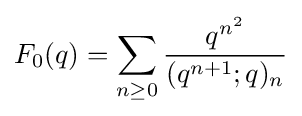
\displaystyle F_{0}(q)=\sum _{n\geq 0}{\frac {q^{n^{2}}}{(q^{n+1};q)_{n}}}